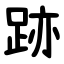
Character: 跡